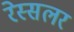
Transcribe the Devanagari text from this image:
रेस्सलर